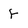
Character: f